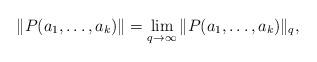
LaTeX: \begin{align*}\|P(a_1,\ldots ,a_k)\|=\lim_{q\to\infty}\|P(a_1,\ldots ,a_k)\|_q,\end{align*}